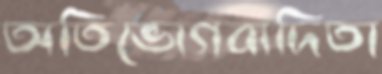
অতিভোগবাদিতা